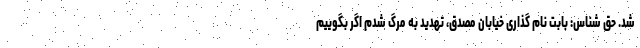
شد. حق شناس: بابت نام گذاری خیابان مصدق، تهدید به مرگ شدم اگر بگوییم